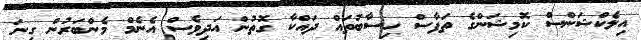
އިލެކްޝަންސް ކޮމިޝަންގެ ތަފާސް ހިސާބުތައް ދައްކާ ގޮތުން އަދިވެސް އެނެމް މެންބަރުން ގިނަ